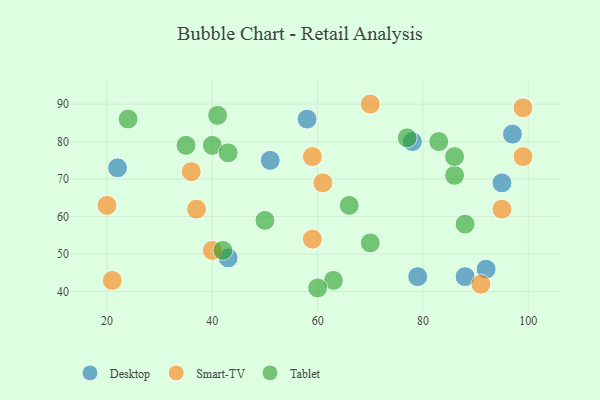
{"axis": {"x": "GDP", "y": "Life Expectancy"}, "legend": ["Desktop", "Smart-TV", "Tablet"], "data": [{"x": "79", "y": 44, "type": "Desktop"}, {"x": "78", "y": 80, "type": "Desktop"}, {"x": "88", "y": 44, "type": "Desktop"}, {"x": "22", "y": 73, "type": "Desktop"}, {"x": "92", "y": 46, "type": "Desktop"}, {"x": "95", "y": 69, "type": "Desktop"}, {"x": "51", "y": 75, "type": "Desktop"}, {"x": "58", "y": 86, "type": "Desktop"}, {"x": "43", "y": 49, "type": "Desktop"}, {"x": "97", "y": 82, "type": "Desktop"}, {"x": "59", "y": 76, "type": "Smart-TV"}, {"x": "95", "y": 62, "type": "Smart-TV"}, {"x": "99", "y": 89, "type": "Smart-TV"}, {"x": "59", "y": 54, "type": "Smart-TV"}, {"x": "36", "y": 72, "type": "Smart-TV"}, {"x": "61", "y": 69, "type": "Smart-TV"}, {"x": "70", "y": 90, "type": "Smart-TV"}, {"x": "37", "y": 62, "type": "Smart-TV"}, {"x": "21", "y": 43, "type": "Smart-TV"}, {"x": "40", "y": 51, "type": "Smart-TV"}, {"x": "20", "y": 63, "type": "Smart-TV"}, {"x": "91", "y": 42, "type": "Smart-TV"}, {"x": "99", "y": 76, "type": "Smart-TV"}, {"x": "66", "y": 63, "type": "Tablet"}, {"x": "88", "y": 58, "type": "Tablet"}, {"x": "63", "y": 43, "type": "Tablet"}, {"x": "40", "y": 79, "type": "Tablet"}, {"x": "86", "y": 71, "type": "Tablet"}, {"x": "50", "y": 59, "type": "Tablet"}, {"x": "60", "y": 41, "type": "Tablet"}, {"x": "83", "y": 80, "type": "Tablet"}, {"x": "41", "y": 87, "type": "Tablet"}, {"x": "43", "y": 77, "type": "Tablet"}, {"x": "35", "y": 79, "type": "Tablet"}, {"x": "86", "y": 76, "type": "Tablet"}, {"x": "70", "y": 53, "type": "Tablet"}, {"x": "42", "y": 51, "type": "Tablet"}, {"x": "77", "y": 81, "type": "Tablet"}, {"x": "24", "y": 86, "type": "Tablet"}]}